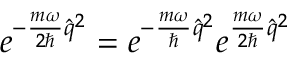
e ^ { - \frac { m \omega } { 2 \hbar } \hat { q } ^ { 2 } } = e ^ { - \frac { m \omega } { \hbar } \hat { q } ^ { 2 } } e ^ { \frac { m \omega } { 2 \hbar } \hat { q } ^ { 2 } }